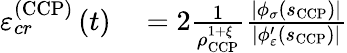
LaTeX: \begin{array}{rl}{\varepsilon_{cr}^{\left(\mathrm{CCP}\right)}\left(t\right)}&{{}=2\frac{1}{\rho_{\scriptscriptstyle{\mathrm{CCP}}}^{1+\xi}}\frac{\left\vert\phi_{\sigma}\left(s_{\scriptscriptstyle{\mathrm{CCP}}}\right)\right\vert}{\left\vert\phi_{\varepsilon}^{\prime}\left(s_{\scriptscriptstyle{\mathrm{CCP}}}\right)\right\vert}}\end{array}